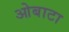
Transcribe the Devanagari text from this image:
ओबाटा